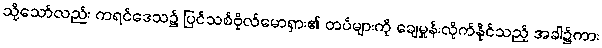
သို့သော်လည်း ကရင်ဒေသ၌ ပြင်သစ်ဗိုလ်မောရှား၏ တပ်များကို ချေမှုန်းလိုက်နိုင်သည့် အခါ၌ကား